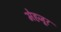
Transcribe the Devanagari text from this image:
मेहजूर